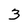
Character: 3